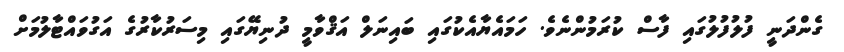
ގެންދަނީ ފުލުފުލުގައި ފާސް ކުރަމުންނެވެ. ހަމައެޔާއެކުގައި ބައިނަލް އަޤްވާމީ ދުނިޔޭގައި މިސަރުކާރުގެ އަގުވައްޓާލުމަށް